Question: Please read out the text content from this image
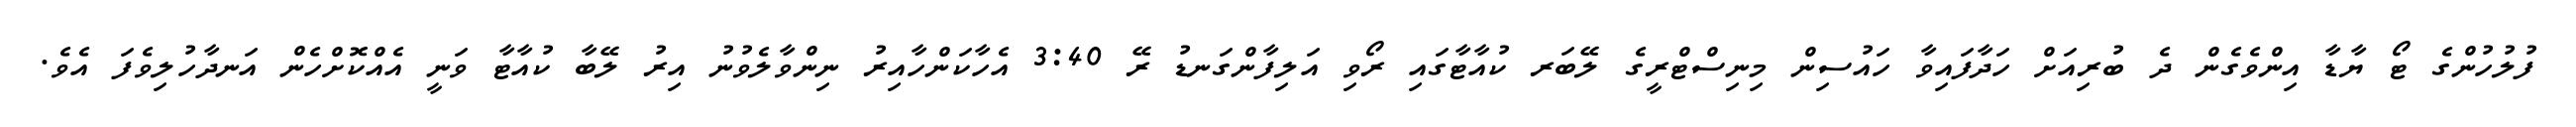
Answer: ފުލުހުންގެ ޓޯ ޔާޑާ އިންވެގެން ދެ ބުރިއަށް ހަދާފައިވާ ހައުސިން މިނިސްޓްރީގެ ލޭބަރ ކުއާޓާގައި ރޯވި އަލިފާންގަނޑު ރޭ 3:40 އެހާކަންހާއިރު ނިންވާލެވުނު އިރު ލޭބާ ކުއާޓާ ވަނީ އެއްކޮށްހެން އަނދާހުލިވެފަ އެވެ.